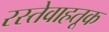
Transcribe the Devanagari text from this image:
रस्तेवाहतूक